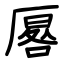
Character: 厬